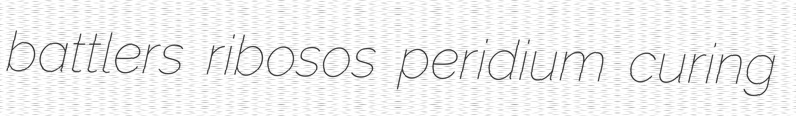
battlers ribosos peridium curing